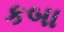
કબા